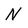
Character: N